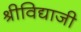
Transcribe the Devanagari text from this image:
श्रीविद्याजी